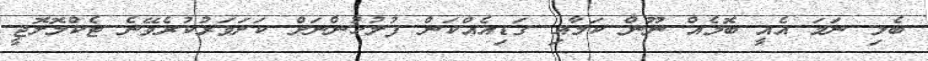
ބެލި ނަމަ އެއީ ބޮމެއް ނޫން ކަމާއި ގަޑިއެއްކަން ފުލުހުންނަށް ކަށަވަރުކުރެެވޭނެ ޓެކްމޮލޮޖީ